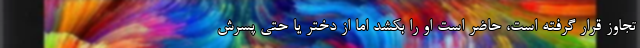
تجاوز قرار گرفته است، حاضر است او را بکشد اما از دختر یا حتی پسرش